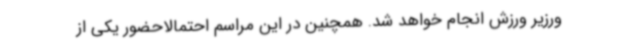
ورزیر ورزش انجام خواهد شد. همچنین در این مراسم احتمالاحضور یکی از